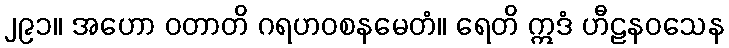
၂၉၁။ အဟော ဝတာတိ ဂရဟဝစနမေတံ။ ရေတိ ဣဒံ ဟီဠနဝသေန